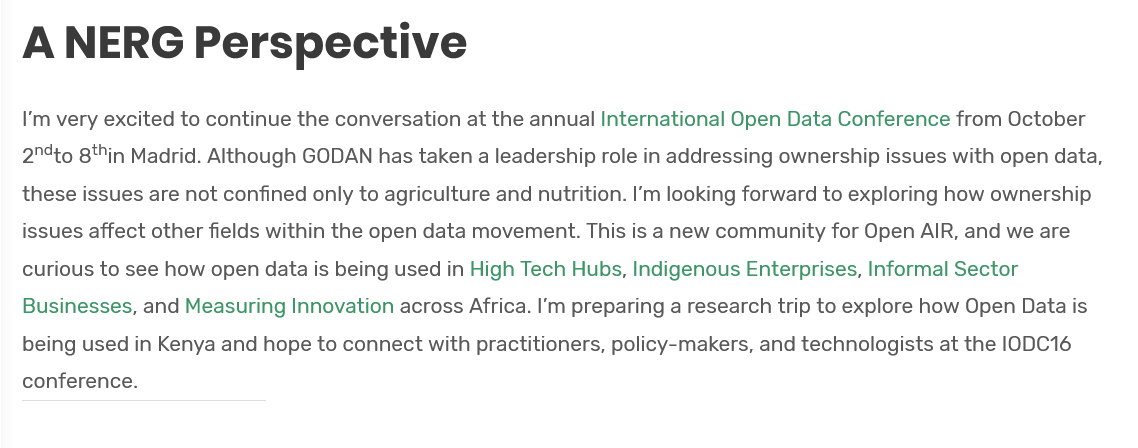
ANERG    Perspective
   I'm very excited to continue the conversation at the annual International Open Data Conference from October
   24to 8tin Madrid. Although GODAN has taken a leadership role in addressing ownership issues with open data,
  these issues are not confined only to agriculture and nutrition. I'm looking forward to exploring how ownership
   issues affect other fields within the open data movement. This is anew community for Open AIR, and we are
   curious to see how open data is being used in High Tech Hubs, Indigenous Enterprises, Informal Sector
   Businesses, and Measuring Innovation across Africa. I'm preparing a research trip to explore how Open Data is
   being used in Kenya and hope to connect with practitioners, policy-makers, and technologists at the |ODC16
   conference.